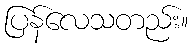
ပြန်လေသတည်း။